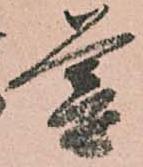
暮